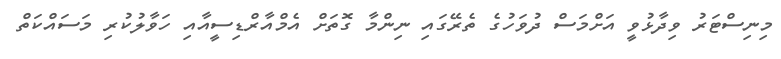
މިނިސްޓަރު ވިދާޅުވީ އަށްމަސް ދުވަހުގެ ތެރޭގައި ނިންމާ ގޮތަށް އެމްއާރްޑިސީއާއި ހަވާލުކުރި މަސައްކަތް